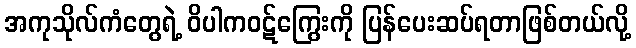
အကုသိုလ်ကံတွေရဲ့ ဝိပါကဝဋ်ကြွေးကို ပြန်ပေးဆပ်ရတာဖြစ်တယ်လို့